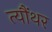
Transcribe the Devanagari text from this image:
त्यौंथर